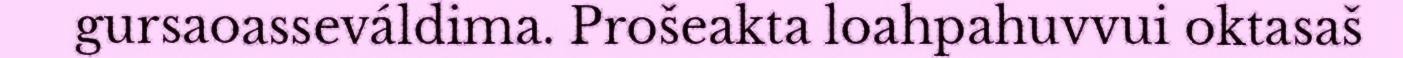
gursaoasseváldima. Prošeakta loahpahuvvui oktasaš